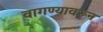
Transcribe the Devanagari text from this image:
वागण्यावरून